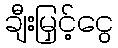
ချီးမြှင့်ငွေ